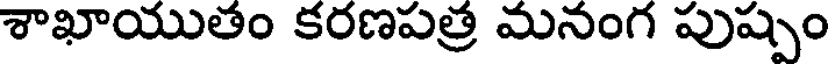
శాఖాయుతం కరణపత్ర మనంగ పుష్పం